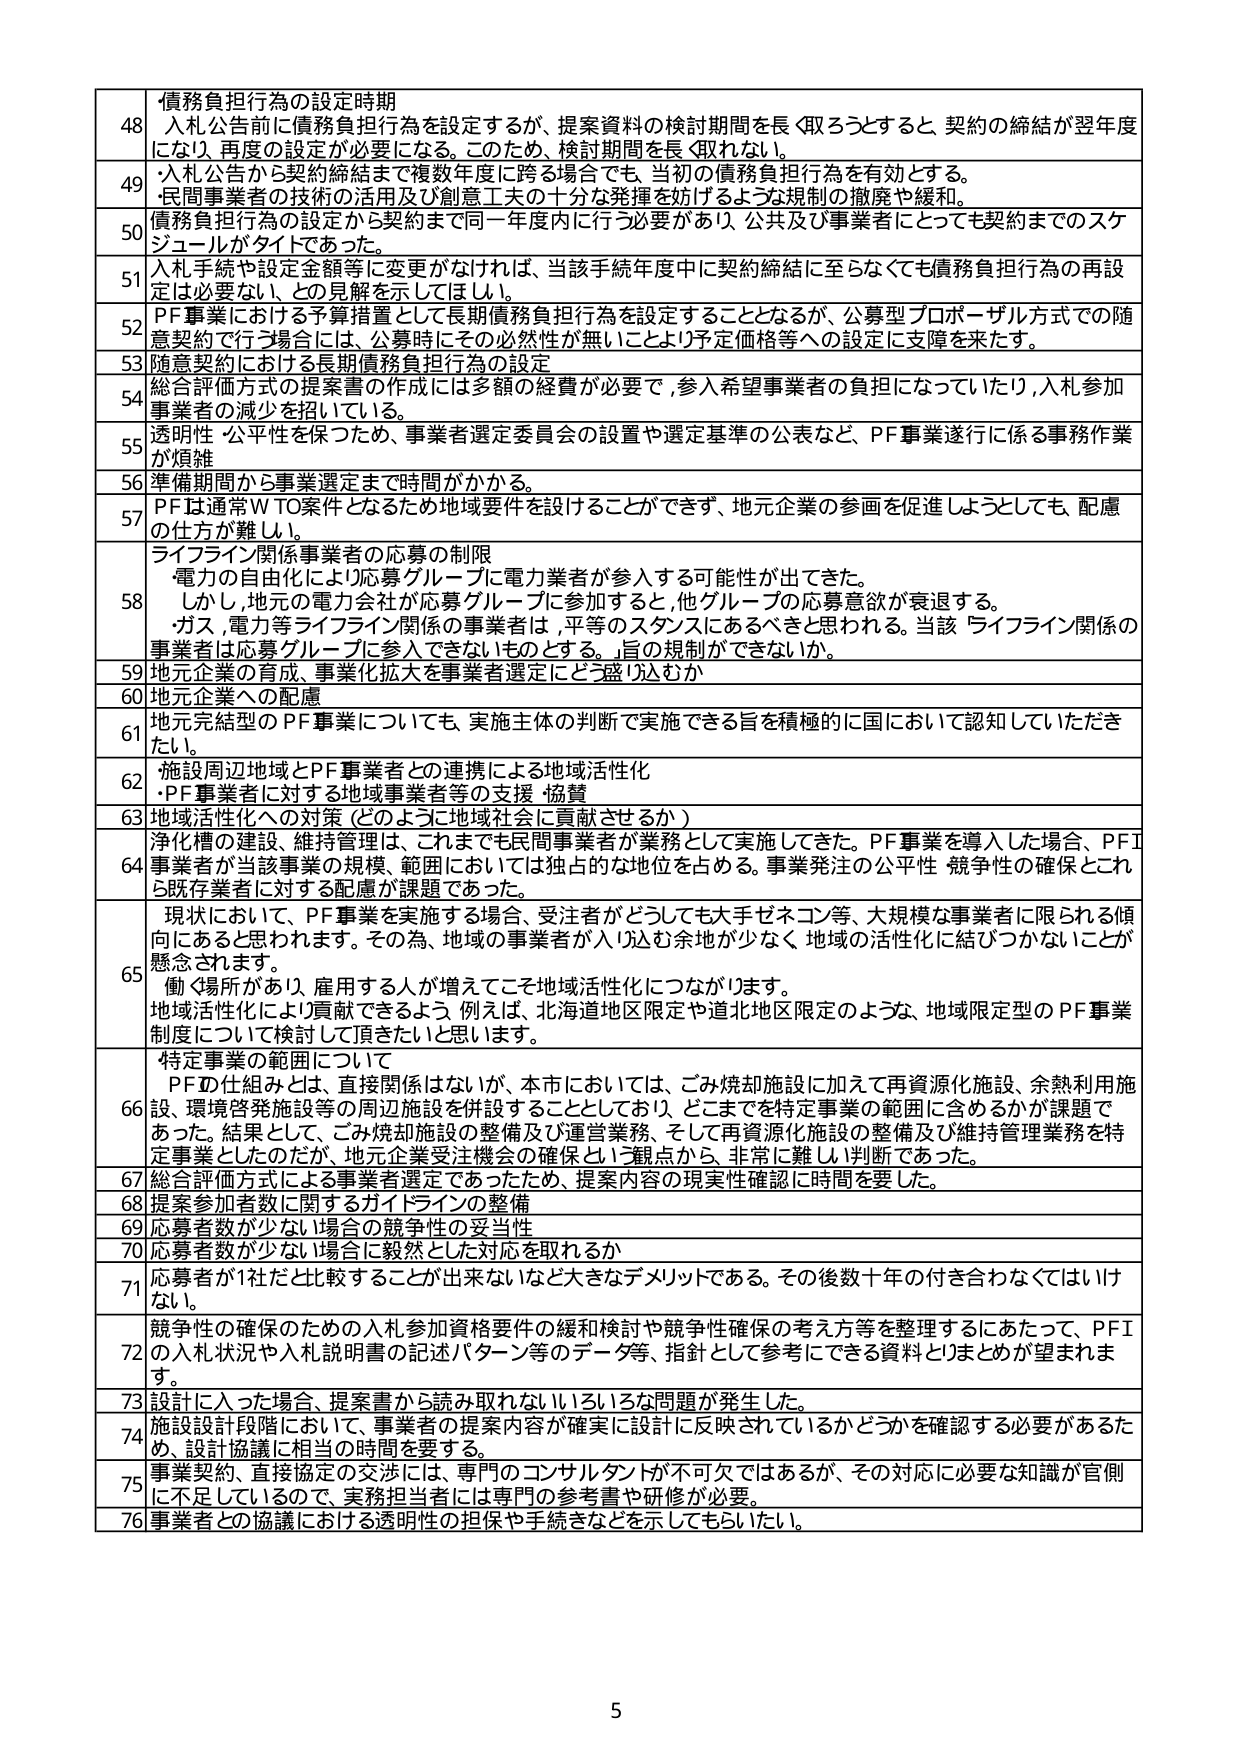
48 債務負担行為の設定時期
入札公告前に債務負担行為を設定するが、提案資料の検討期間を長く取ろうとすると、契約の締結が翌年度になり、再度の設定が必要になる。このため、検討期間を長く取れない。

49 ・入札公告から契約締結まで複数年度に跨る場合でも、当初の債務負担行為を有効とする。
・民間事業者の技術の活用及び創意工夫の十分な発揮を妨げるような規制の撤廃や緩和。

50 債務負担行為の設定から契約まで同一年度内に行う必要があり、公共及び事業者にとっても契約までのスケジュールがタイトであった。

51 入札手続や設定金額等に変更がなければ、当該手続年度中に契約締結に至らなくても債務負担行為の再設定は必要ない、との見解を示してほしい。

52 PF事業における予算措置として長期債務負担行為を設定することとなるが、公募型プロポーザル方式での随意契約で行う場合には、公募時にその必然性が無いことより予定価格等への設定に支障を来たす。

53 随意契約における長期債務負担行為の設定

54 総合評価方式の提案書の作成には多額の経費が必要で、参入希望事業者の負担になっていたり、入札参加事業者の減少を招いている。

55 透明性・公平性を保つため、事業者選定委員会の設置や選定基準の公表など、PF事業遂行に係る事務作業が煩雑

56 準備期間から事業選定まで時間がかかる。

57 PFは通常WTO案件となるため地域要件を設けることができず、地元企業の参画を促進しようとしても、配慮の仕方が難しい。

58 ライフライン関係事業者の応募の制限
・電力の自由化により応募グループに電力業者が参入する可能性が出てきた。
・しかし、地元の電力会社が応募グループに参加すると、他グループの応募意欲が衰退する。
・ガス、電力等ライフライン関係の事業者は、平等のスタンスにあるべきと思われる。当該ライフライン関係の事業者は応募グループに参入できないものとする。旨の規制ができないか。

59 地元企業の育成、事業化拡大を事業者選定にどう盛り込むか

60 地元企業への配慮

61 地元完結型のPF事業についても、実施主体の判断で実施できる旨を積極的に国において認知していただきたい。

62 ・施設周辺地域とPF事業者との連携による地域活性化
・PF事業者に対する地域事業者等の支援・協賛

63 地域活性化への対策（どのように地域社会に貢献させるか）

64 浄化槽の建設、維持管理は、これまでも民間事業者が業務として実施してきた。PF事業を導入した場合、PF事業者が当該事業の規模、範囲においては独占的な地位を占める。事業発注の公平性・競争性の確保とこれら既存業者に対する配慮が課題であった。

65 現状において、PF事業を実施する場合、受注者がどうしても大手ゼネコン等、大規模な事業者に限られる傾向にあると思われます。その為、地域の事業者が入札む余地が少なく、地域の活性化に結びつかないことが懸念されます。
働く場所があり、雇用する人が増えてこそ地域活性化につながります。
地域活性化により貢献できるよう、例えば、北海道地区限定や道北地区限定のような、地域限定型のPF事業制度について検討して頂きたいと思います。

66 特定事業の範囲について
PFの仕組みとは、直接関係はないが、本市においては、ごみ焼却施設に加えて再資源化施設、余熱利用施設、環境啓発施設等の周辺施設を併設することとしており、どこまでを特定事業の範囲に含めるかが課題であった。結果として、ごみ焼却施設の整備及び運営業務、そして再資源化施設の整備及び維持管理業務を特定事業としたのだが、地元企業受注機会の確保という観点から、非常に難しい判断であった。

67 総合評価方式による事業者選定であったため、提案内容の現実性確認に時間を要した。

68 提案参加者数に関するガイドラインの整備

69 応募者数が少ない場合の競争性の妥当性

70 応募者数が少ない場合に毅然とした対応を取れるか

71 応募者が1社だと比較することが出来ないなど大きなデメリットである。その後数十年の付き合いなくてはいけない。

72 競争性の確保のための入札参加資格要件の緩和検討や競争性確保の考え方等を整理するにあたって、PFIの入札状況や入札説明書の記述パターン等のデータ等、指針として参考にできる資料とりまとめが望まれます。

73 設計に入った場合、提案書から読み取れないいろいろな問題が発生した。

74 施設設計段階において、事業者の提案内容が確実に設計に反映されているかどうかを確認する必要があるため、設計協議に相当の時間を要する。

75 事業契約、直接協定の交渉には、専門のコンサルタントが不可欠ではあるが、その対応に必要な知識が官側に不足しているので、実務担当者には専門の参考書や研修が必要。

76 事業者との協議における透明性の担保や手続きなどを示してもらいたい。

5